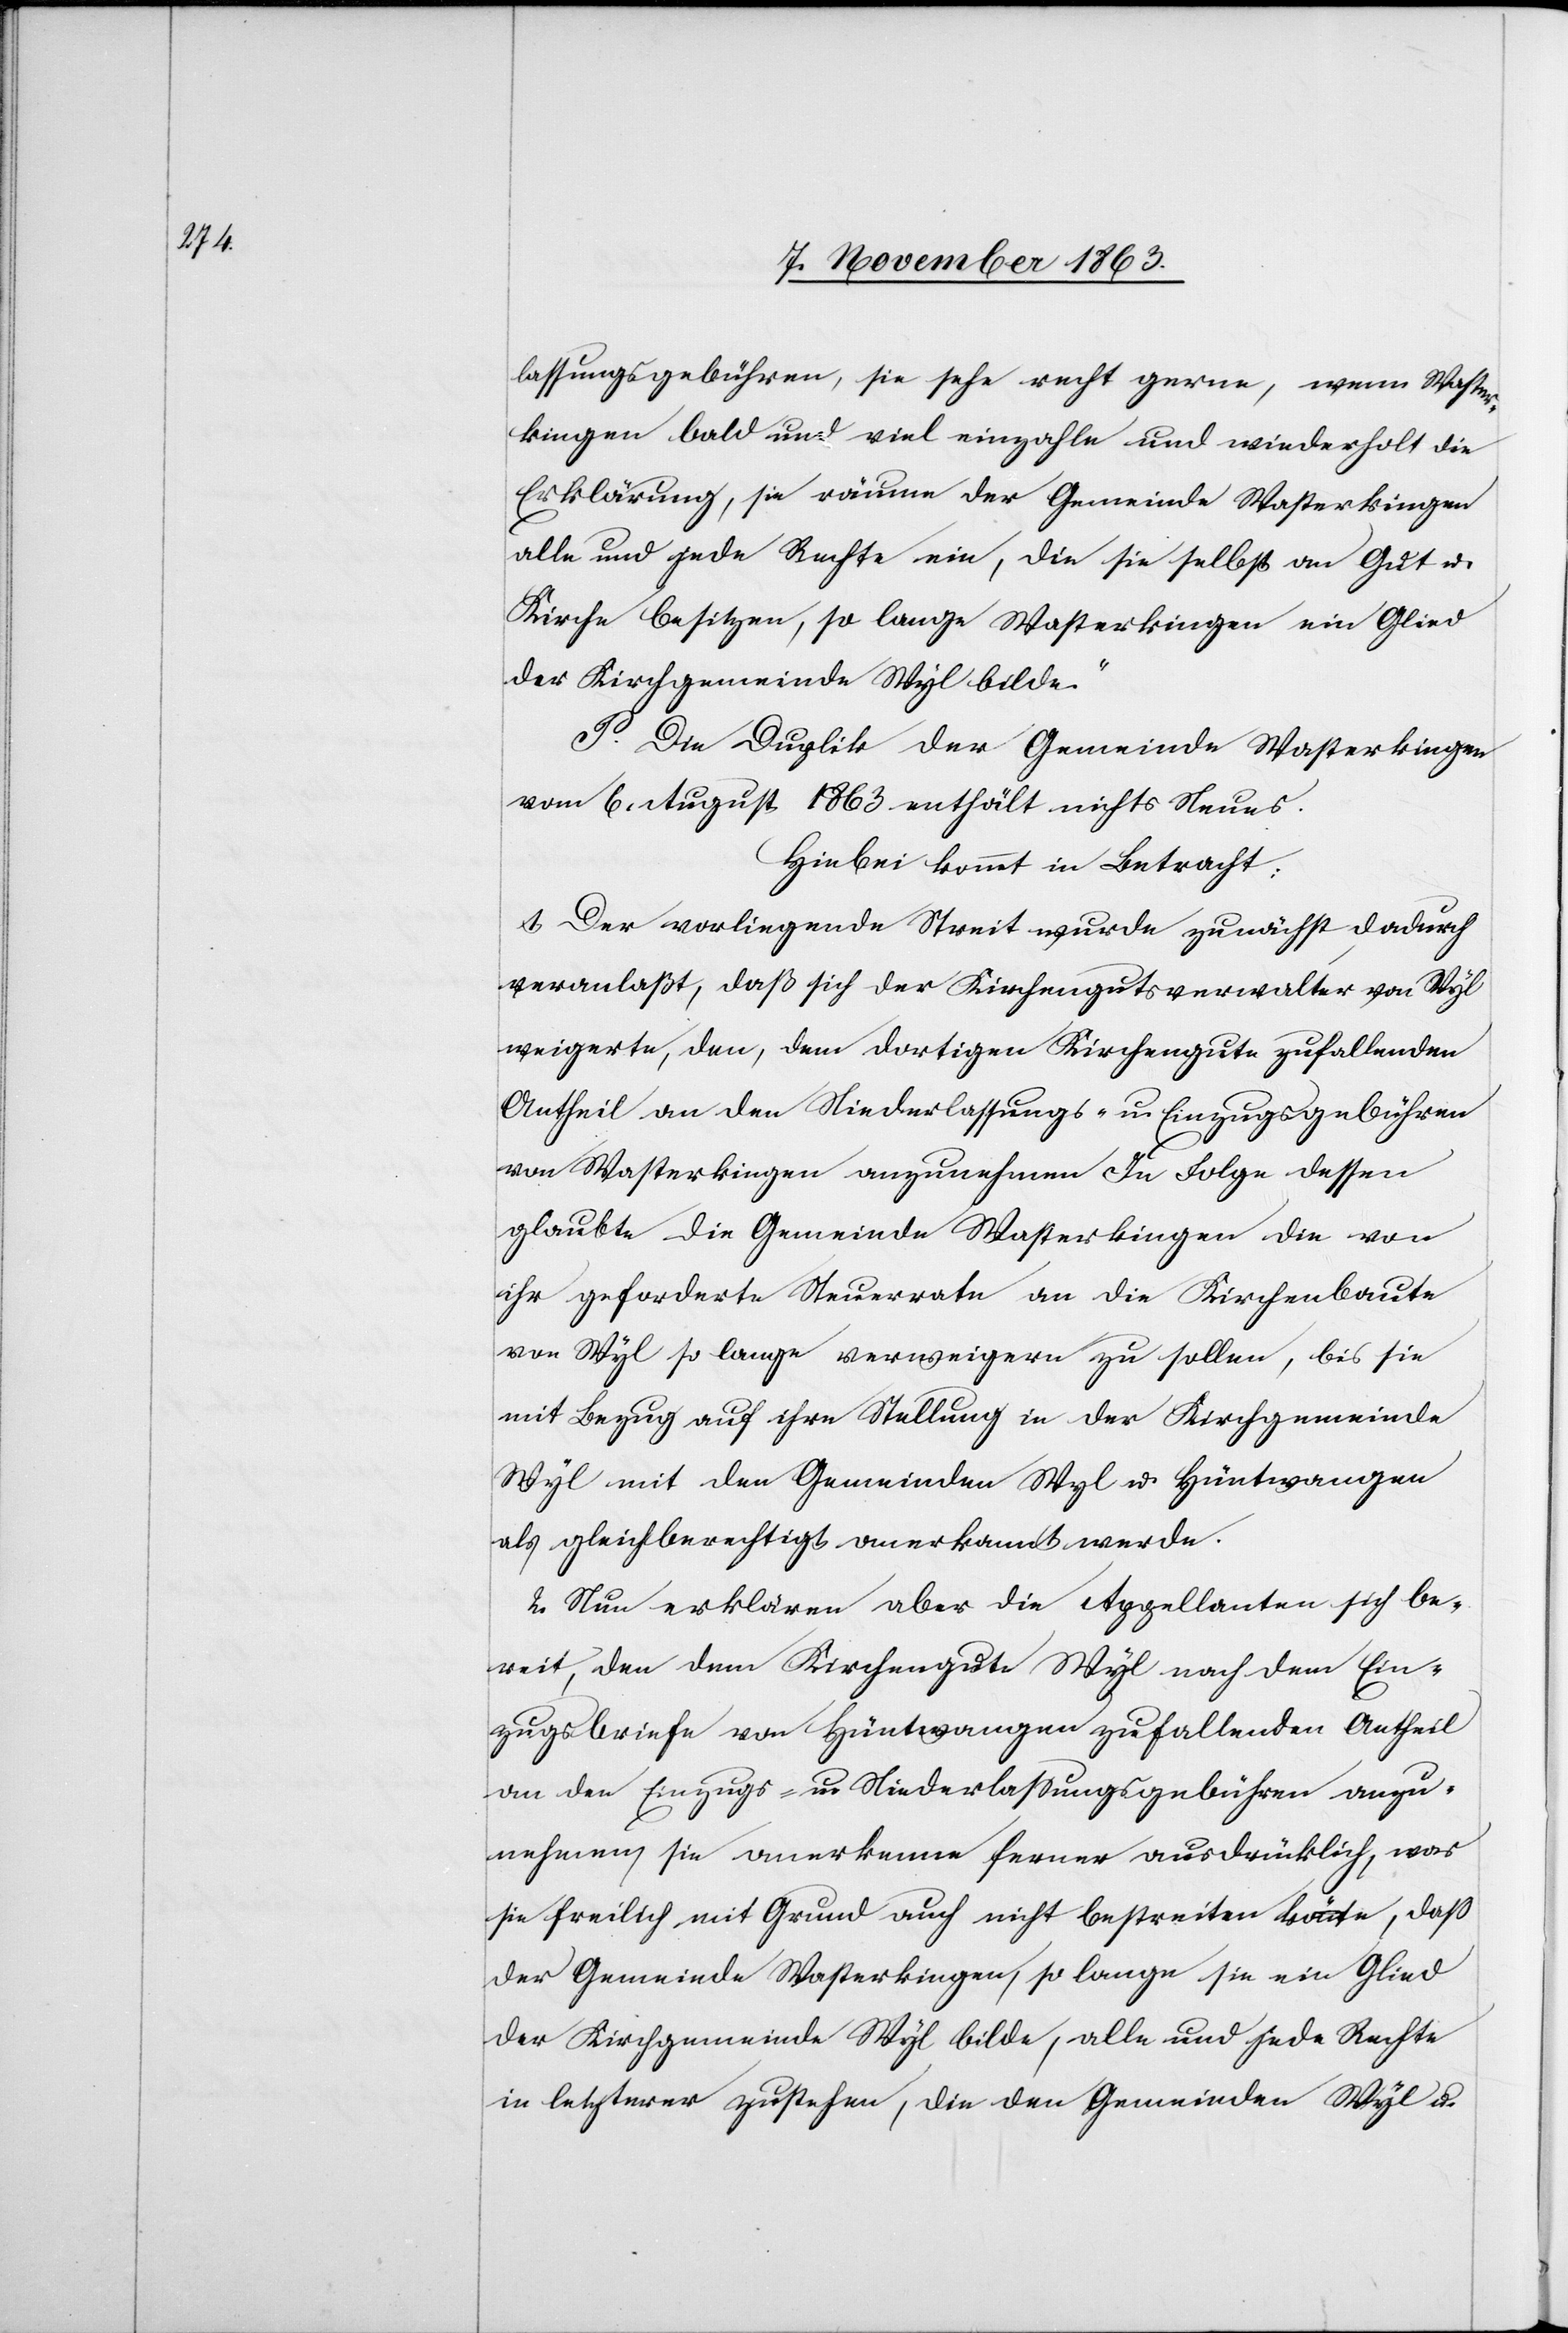
lassungsgebühren, sie sehe recht gerne, wenn Waster¬
kingen bald und viel einzahle und wiederholt die
Erklärung, sie räume der Gemeinde Wasterkingen
alle und jede Rechte ein, die sie selbst an Gut u.
Kirche besitzen, so lange Wasterkingen ein Glied
der Kirchgemeinde Wyl bilde.“
P. Die Duplik der Gemeinde Wasterkingen
vom 6. August 1863 enthält nichts Neues.
Hiebei kommt in Betracht:
1. Der vorliegende Streit wurde zunächst dadurch
veranlaßt, daß sich der Kirchengutsverwalter von Wyl
weigerte, den, dem dortigen Kirchengute zufallenden
Antheil an den Niederlassungs- u. Einzugsgebühren
von Wasterkingen anzunehmen[.] In Folge dessen
glaubte die Gemeinde Wasterkingen die von
ihr geforderte Steuerrate an die Kirchenbaute
von Wyl so lange verweigern zu sollen, bis sie
mit Bezug auf ihre Stellung in der Kirchgemeinde
Wyl mit den Gemeinden Wyl u. Hüntwangen
als gleichberechtigt anerkannt werde.
2. Nun erklären aber die Appellanten sich be¬
reit, den dem Kirchengute Wyl nach dem Ein¬
zugsbriefe von Hüntwangen zufallenden Antheil
an den Einzugs- u. Niederlassungsgebühren anzu¬
nehmen, sie anerkenne ferner ausdrücklich, was
sie freilich mit Grund auch nicht bestreiten könnte, daß
der Gemeinde Wasterkingen, so lange sie ein Glied
der Kirchgemeinde Wyl bilde, alle und jede Rechte
in letzterer zustehen, die den Gemeinden Wyl u.